Indian journal of veterinary science and animal husbandry - Volumes 22-23, 1952-1953
Year: 1952
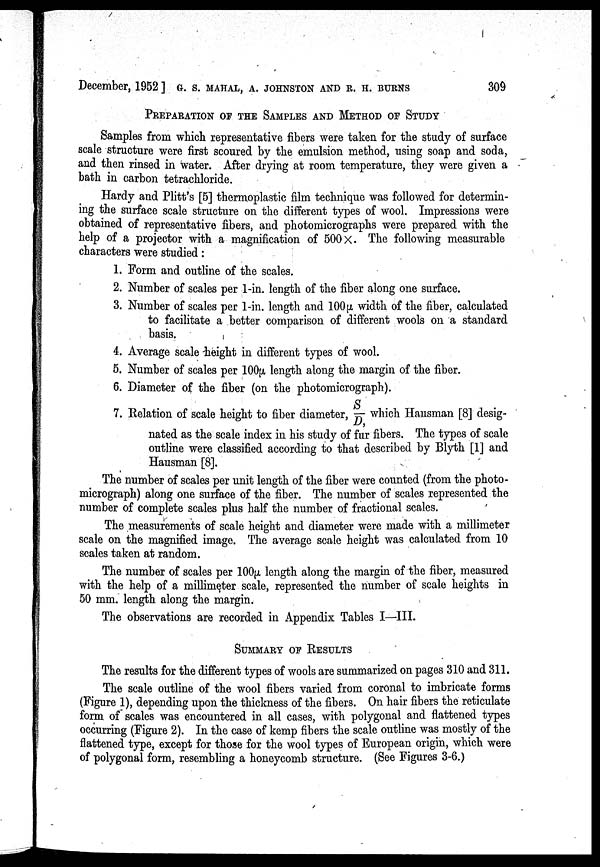
December, 1952 ] G. S. MAHAL, A. JOHNSTON AND R. H. BURNS 309
PREPARATION OF THE SAMPLES AND METHOD OF STUDY
Samples from which representative fibers were taken for the study of surface
scale structure were first scoured by the emulsion method, using soap and soda,
and then rinsed in water. After drying at room temperature, they were given a
bath in carbon tetrachloride.
Hardy and Plitt's [5] thermoplastic film technique was followed for determin-
ing the surface scale structure on the different types of wool. Impressions were
obtained of representative fibers, and photomicrographs were prepared with the
help of a projector with a magnification of 500 × . The following measurable
characters were studied :
1. Form and outline of the scales.
2. Number of scales per 1-in. length of the fiber along one surface.
3. Number of scales per 1-in. length and 100µ width of the fiber, calculated
to facilitate a better comparison of different wools on a standard
basis.
4. Average scale height in different types of wool.
5. Number of scales per 100µ length along the margin of the fiber.
6. Diameter of the fiber (on the photomicrograph).
-
7. Relation of scale height to fiber diameter, S/D, which Hausman [8] desig-
nated as the scale index in his study of fur fibers. The types of scale
outline were classified according to that described by Blyth [1] and
Hausman [8].
The number of scales per unit length of the fiber were counted (from the photo-
micrograph) along one surface of the fiber. The number of scales represented the
number of complete scales plus half the number of fractional scales.
The measurements of scale height and diameter were made with a millimeter
scale on the magnified image. The average scale height was calculated from 10
scales taken at random.
The number of scales per 100µ length along the margin of the fiber, measured
with the help of a millimeter scale, represented the number of scale heights in
50 mm. length along the margin.
The observations are recorded in Appendix Tables I—III.
SUMMARY OF RESULTS
The results for the different types of wools are summarized on pages 310 and 311.
The scale outline of the wool fibers varied from coronal to imbricate forms
(Figure 1), depending upon the thickness of the fibers. On hair fibers the reticulate
form of scales was encountered in all cases, with polygonal and flattened types
occurring (Figure 2). In the case of kemp fibers the scale outline was mostly of the
flattened type, except for those for the wool types of European origin, which were
of polygonal form, resembling a honeycomb structure. (See Figures 3-6.)